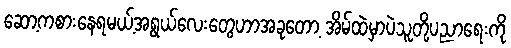
ဆော့ကစားနေရမယ့်အရွယ်လေးတွေဟာအခုတော့ အိမ်ထဲမှာပဲသူတို့ပညာရေးကို